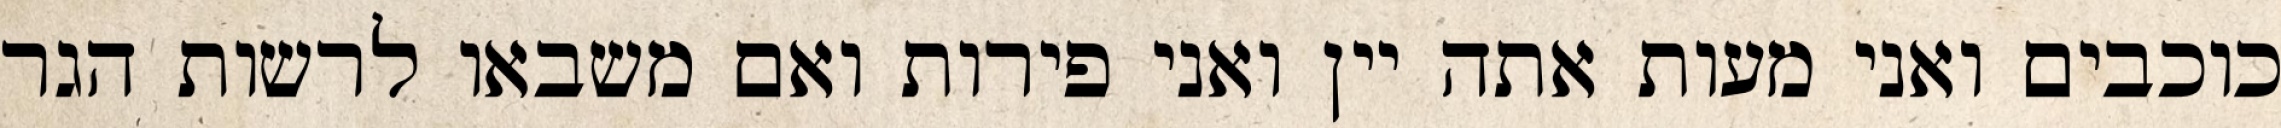
כוכבים ואני מעות אתה יין ואני פירות ואם משבאו לרשות הגר